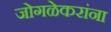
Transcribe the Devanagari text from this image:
जोगळेकरांना